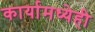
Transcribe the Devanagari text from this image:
कार्यामध्येही